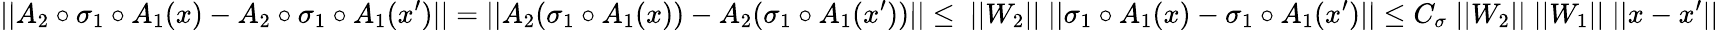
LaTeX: ||A_{2}\circ\sigma_{1}\circ A_{1}(x)-A_{2}\circ\sigma_{1}\circ A_{1}(x^{\prime})||=||A_{2}(\sigma_{1}\circ A_{1}(x))-A_{2}(\sigma_{1}\circ A_{1}(x^{\prime}))||\leq\ ||W_{2}||\; ||\sigma_{1}\circ A_{1}(x)-\sigma_{1}\circ A_{1}(x^{\prime})||\leq C_{\sigma}\; ||W_{2}||\; ||W_{1}||\; ||x-x^{\prime}||